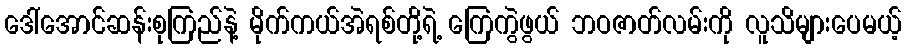
ဒေါ်အောင်ဆန်းစုကြည်နဲ့ မိုက်ကယ်အဲရစ်တို့ရဲ့ ကြေကွဲဖွယ် ဘဝဇာတ်လမ်းကို လူသိများပေမယ့်